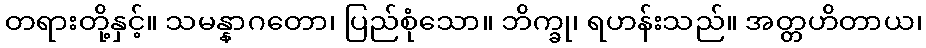
တရားတို့နှင့်။ သမန္နာဂတော၊ ပြည်စုံသော။ ဘိက္ခု၊ ရဟန်းသည်။ အတ္တဟိတာယ၊